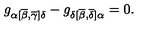
g _ { \alpha [ \overline { { \beta } } , \overline { { \gamma } } ] \delta } - g _ { \delta [ \overline { { \beta } } , \overline { { \delta } } ] \alpha } = 0 .